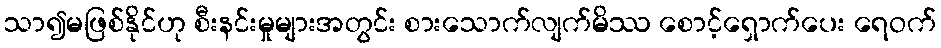
သာ၍မဖြစ်နိုင်ဟု စီးနင်းမှုများအတွင်း စားသောက်လျက်မိဿ စောင့်ရှောက်ပေး ရေဝက်